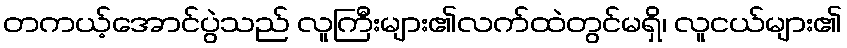
တကယ့်အောင်ပွဲသည် လူကြီးများ၏လက်ထဲတွင်မရှိ၊ လူငယ်များ၏